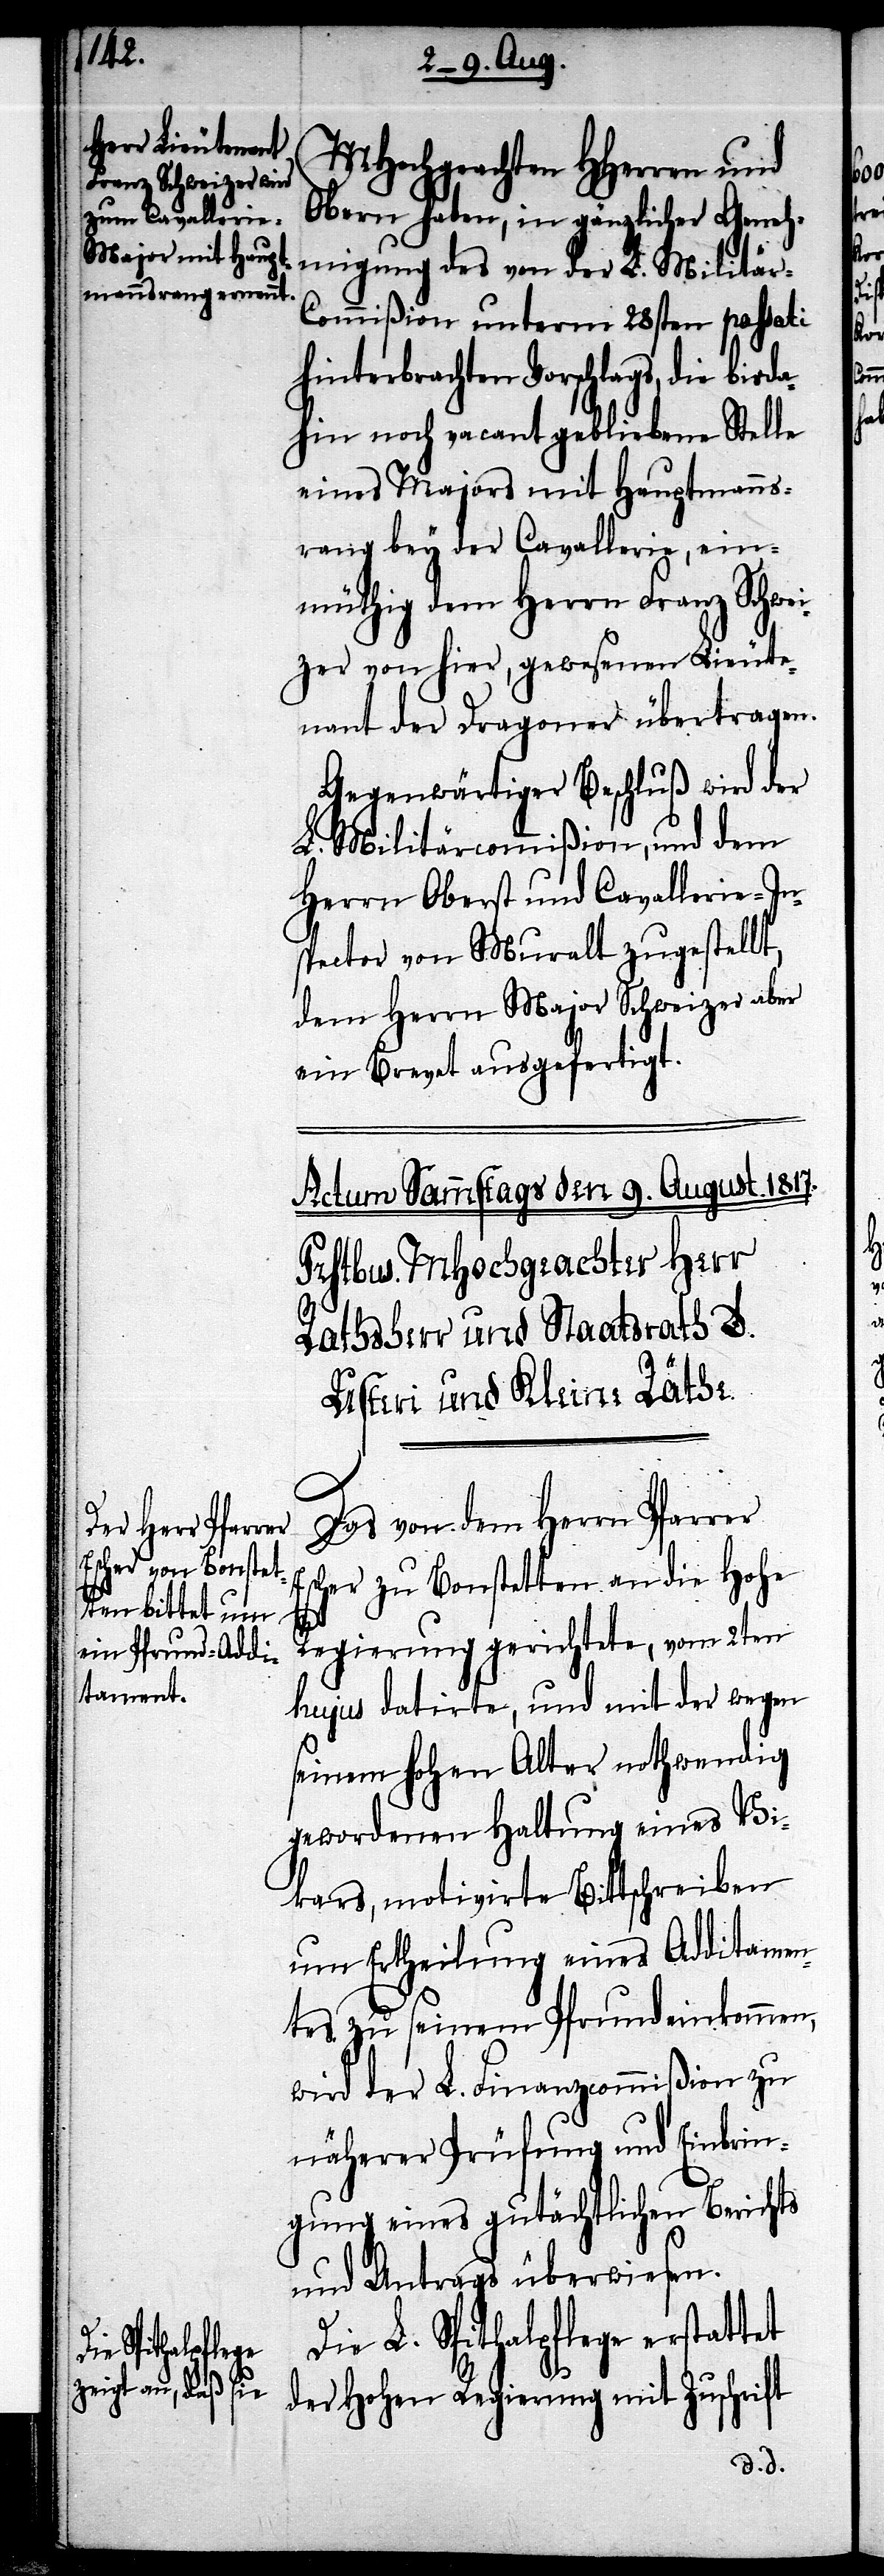
MHochgeachten HHerren und
Obern haben, in gänzlicher Geneh¬
migung des von der L. Militär-C¬
ommißion unterm 28sten passati
hinterbrachten Vorschlags, die bisda¬
hin noch vacant gebliebene Stelle
eines Majors mit Hauptmanns¬
rang bey der Cavallerie, ein¬
müthig dem Herrn Franz Schwe¬
izer von hier, gewesenen Lieute¬
nant der Dragoner übertragen.
Gegenwärtiger Beschluß wird der
L. Militärcommißion, und dem
Herrn Oberst und Cavallerie-In¬
spector von Muralt zugestellt,
dem Herrn Major Schweizer aber
ein Brevet ausgefertigt.
Das von dem Herrn Pfarrer
Escher zu Bonstetten an die Hohe
Regierung gerichtete, vom 2ten
hujus datirte, und mit der wegen
seinem hohen Alter nothwendig
gewordenen Haltung eines Vi¬
kars, motivirte Bittschreiben
um Ertheilung eines Additamen¬
tes zu seinem Pfrundeinkommen,
wird der L. Finanzcommißion zu
näherer Prüfung und Einbrin¬
gung eines gutächtlichen Berichts
und Antrags überwiesen.
Die L. Spithalpflege erstattet
der Hohen Regierung mit Zuschrift